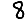
Digit: 8